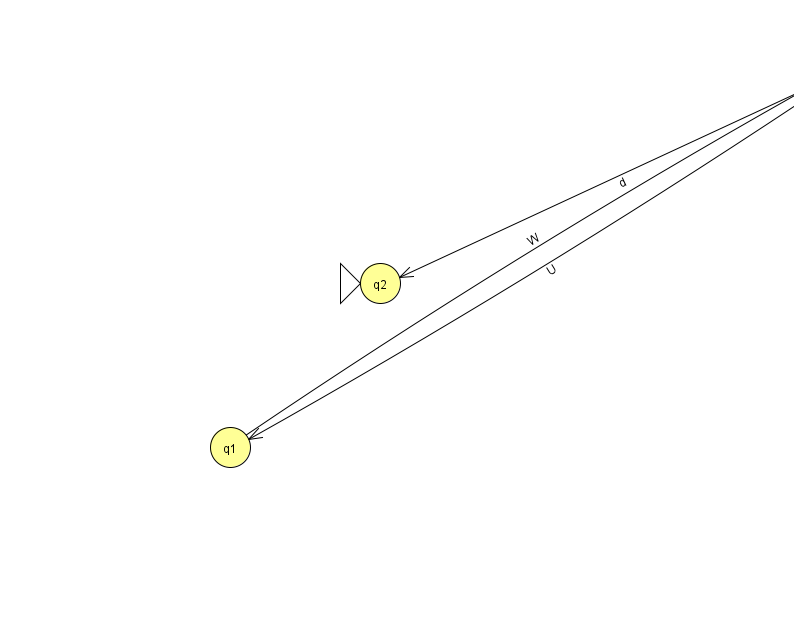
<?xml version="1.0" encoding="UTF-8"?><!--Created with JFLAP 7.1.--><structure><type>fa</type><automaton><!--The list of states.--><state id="1" name="q1"><x>230.0</x><y>434.0</y></state><state id="2" name="q2"><x>380.0</x><y>270.0</y><initial/></state><state id="3" name="q3"><x>855.0</x><y>50.0</y></state><!--The list of transitions.--><transition><from>1</from><to>3</to><read>W</read></transition><transition><from>3</from><to>1</to><read>U</read></transition><transition><from>3</from><to>2</to><read>d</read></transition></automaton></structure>